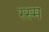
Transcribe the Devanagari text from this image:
रस्‍म